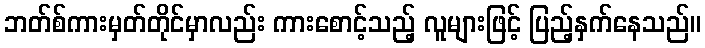
ဘတ်စ်ကားမှတ်တိုင်မှာလည်း ကားစောင့်သည့် လူများဖြင့် ပြည့်နှက်နေသည်။